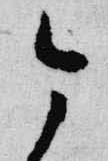
今